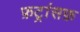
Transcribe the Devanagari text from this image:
फ़ट्रांसफ़